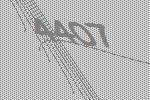
4407